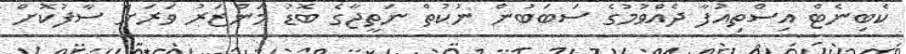
ކެބިނެޓް އިސްތިއުފާ ދެއްވުމުގެ ސަބަބުން ނުކުތް ނަތީޖާގެ ބޮޑު މަންޒަރު ވަރަށް ސާފުކޮށް